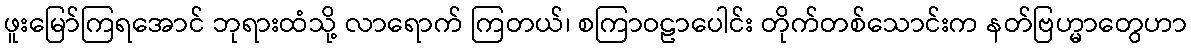
ဖူးမြော်ကြရအောင် ဘုရားထံသို့ လာရောက် ကြတယ်၊ စကြာဝဠာပေါင်း တိုက်တစ်သောင်းက နတ်ဗြဟ္မာတွေဟာ